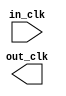
module nios_qsys_clock_in (
		input  wire  in_clk,  //  in_clk.clk
		output wire  out_clk  // out_clk.clk
	);
endmodule